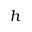
\boldsymbol h